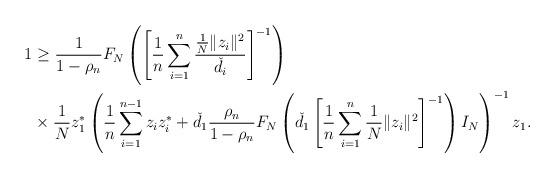
LaTeX: \begin{align*}1 &\geq \frac1{1-\rho_n} F_N\left( \left[ \frac1n\sum_{i=1}^{n}\frac{\frac1N\Vert z_i\Vert^2}{\check{d}_i} \right]^{-1} \right) \\&\times\frac1Nz_1^* \left( \frac1n\sum_{i=1}^{n-1} z_iz_i^* + \check{d}_1 \frac{\rho_n}{1-\rho_n} F_N\left( \check{d}_1 \left[ \frac1n\sum_{i=1}^{n}\frac1N\Vert z_i\Vert^2 \right]^{-1} \right) I_N \right)^{-1}z_1.\end{align*}